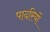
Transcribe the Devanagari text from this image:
पादरियों